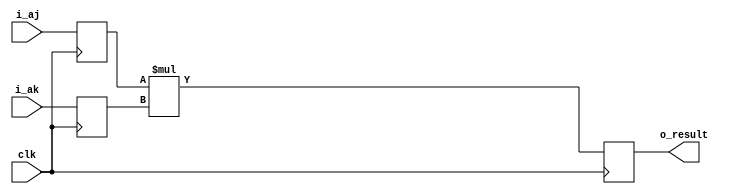
module fast_addr_mult(i_aj, i_ak, clk, o_result);


input wire clk;
input wire [23:0] i_aj;
input wire [23:0] i_ak;

output reg [23:0] o_result;

reg [23:0] aj_0;
reg [23:0] ak_0;
reg [47:0] result_jk;

reg [23:0] temp0;
reg [23:0] temp1;
reg [23:0] temp2;
reg [23:0] temp3;
reg [23:0] temp4;

always@(posedge clk)
begin
	//Flop the incoming
	ak_0 <= i_ak;
	aj_0 <= i_aj;
	//Do the actual multiplication (this should use hardware multipliers)
//   result_jk <= aj_0 * ak_0;
	//Just pipeline the result along
//   temp2    <= result_jk[23:0];
//  temp3    <= temp2;
//   temp4    <= temp3;
 //  o_result <= temp4;
   o_result <= aj_0 * ak_0;
end



endmodule